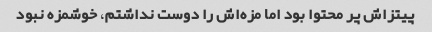
پیتزاش پر محتوا بود اما مزه‌اش را دوست نداشتم، خوشمزه نبود